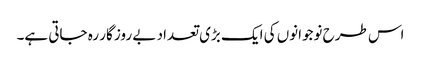
اس طرح نوجوانوں کی ایک بڑی تعداد بے روز گار رہ جاتی ہے۔